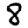
Digit: 8